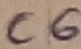
Text: C6